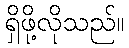
ရှိဖို့လိုသည်။